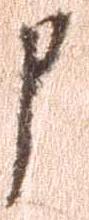
申